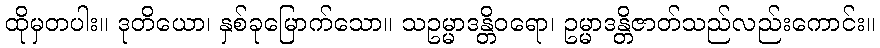
ထိုမှတပါး။ ဒုတိယော၊ နှစ်ခုမြောက်သော။ သဥမ္မာဒန္တိဝရော၊ ဥမ္မာဒန္တိဇာတ်သည်လည်းကောင်း။